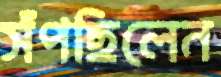
সঁপছিলেন